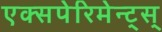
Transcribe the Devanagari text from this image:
एक्सपेरिमेन्ट्‌स्